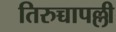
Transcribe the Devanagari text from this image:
तिरुच्चापल्ली